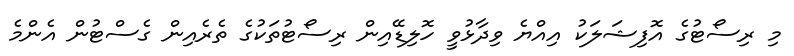
މި ރިސޯޓުގެ އޮފިޝަލަކު އިއްޔެ ވިދާޅުވީ ހޮލިޑޭއިން ރިސޯޓުތަކުގެ ތެރެއިން ގެސްޓުން އެންމެ